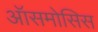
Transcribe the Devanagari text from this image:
ऑसमोसिस